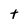
Character: t